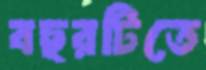
বছরটিতে